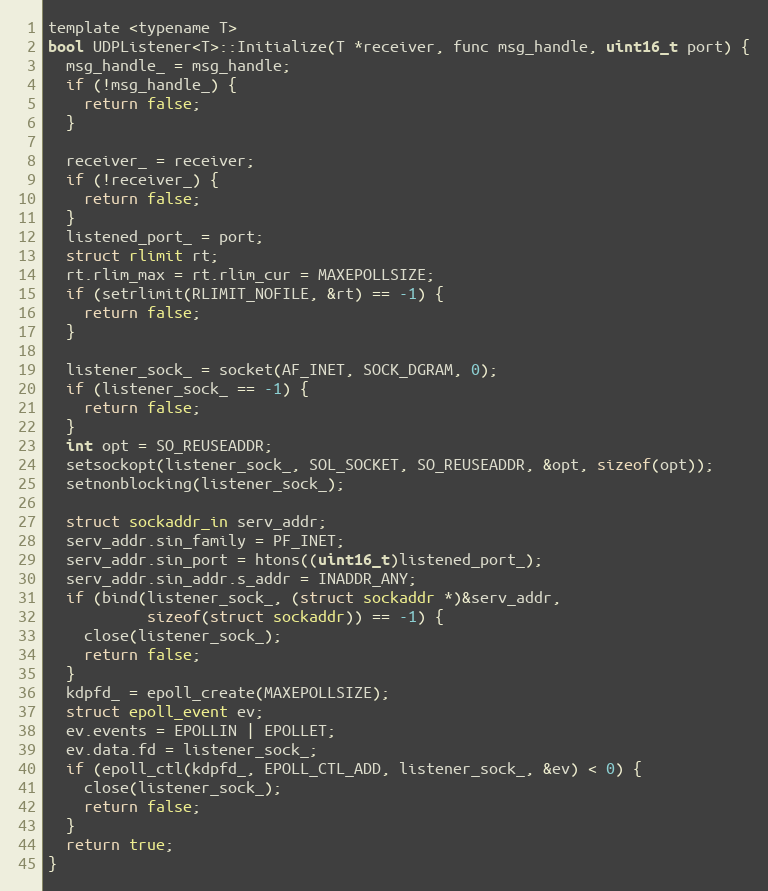
Language: C
template <typename T>
bool UDPListener<T>::Initialize(T *receiver, func msg_handle, uint16_t port) {
  msg_handle_ = msg_handle;
  if (!msg_handle_) {
    return false;
  }

  receiver_ = receiver;
  if (!receiver_) {
    return false;
  }
  listened_port_ = port;
  struct rlimit rt;
  rt.rlim_max = rt.rlim_cur = MAXEPOLLSIZE;
  if (setrlimit(RLIMIT_NOFILE, &rt) == -1) {
    return false;
  }

  listener_sock_ = socket(AF_INET, SOCK_DGRAM, 0);
  if (listener_sock_ == -1) {
    return false;
  }
  int opt = SO_REUSEADDR;
  setsockopt(listener_sock_, SOL_SOCKET, SO_REUSEADDR, &opt, sizeof(opt));
  setnonblocking(listener_sock_);

  struct sockaddr_in serv_addr;
  serv_addr.sin_family = PF_INET;
  serv_addr.sin_port = htons((uint16_t)listened_port_);
  serv_addr.sin_addr.s_addr = INADDR_ANY;
  if (bind(listener_sock_, (struct sockaddr *)&serv_addr,
           sizeof(struct sockaddr)) == -1) {
    close(listener_sock_);
    return false;
  }
  kdpfd_ = epoll_create(MAXEPOLLSIZE);
  struct epoll_event ev;
  ev.events = EPOLLIN | EPOLLET;
  ev.data.fd = listener_sock_;
  if (epoll_ctl(kdpfd_, EPOLL_CTL_ADD, listener_sock_, &ev) < 0) {
    close(listener_sock_);
    return false;
  }
  return true;
}